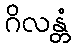
ဂိလန္တံ